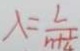
\lambda = \frac { L } { n + \frac { 1 } { 4 } }